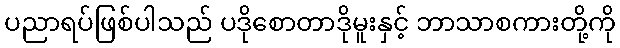
ပညာရပ်ဖြစ်ပါသည် ပဒိုစောတာဒိုမူးနှင့် ဘာသာစကားတို့ကို